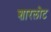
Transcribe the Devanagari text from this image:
शारलोट